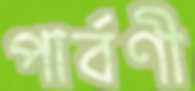
পার্বণী